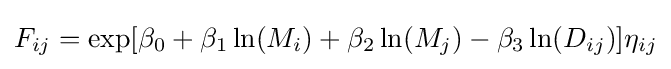
F_{ij}=\exp[\beta _{0}+\beta _{1}\ln(M_{i})+\beta _{2}\ln(M_{j})-\beta _{3}\ln(D_{ij})]\eta _{ij}